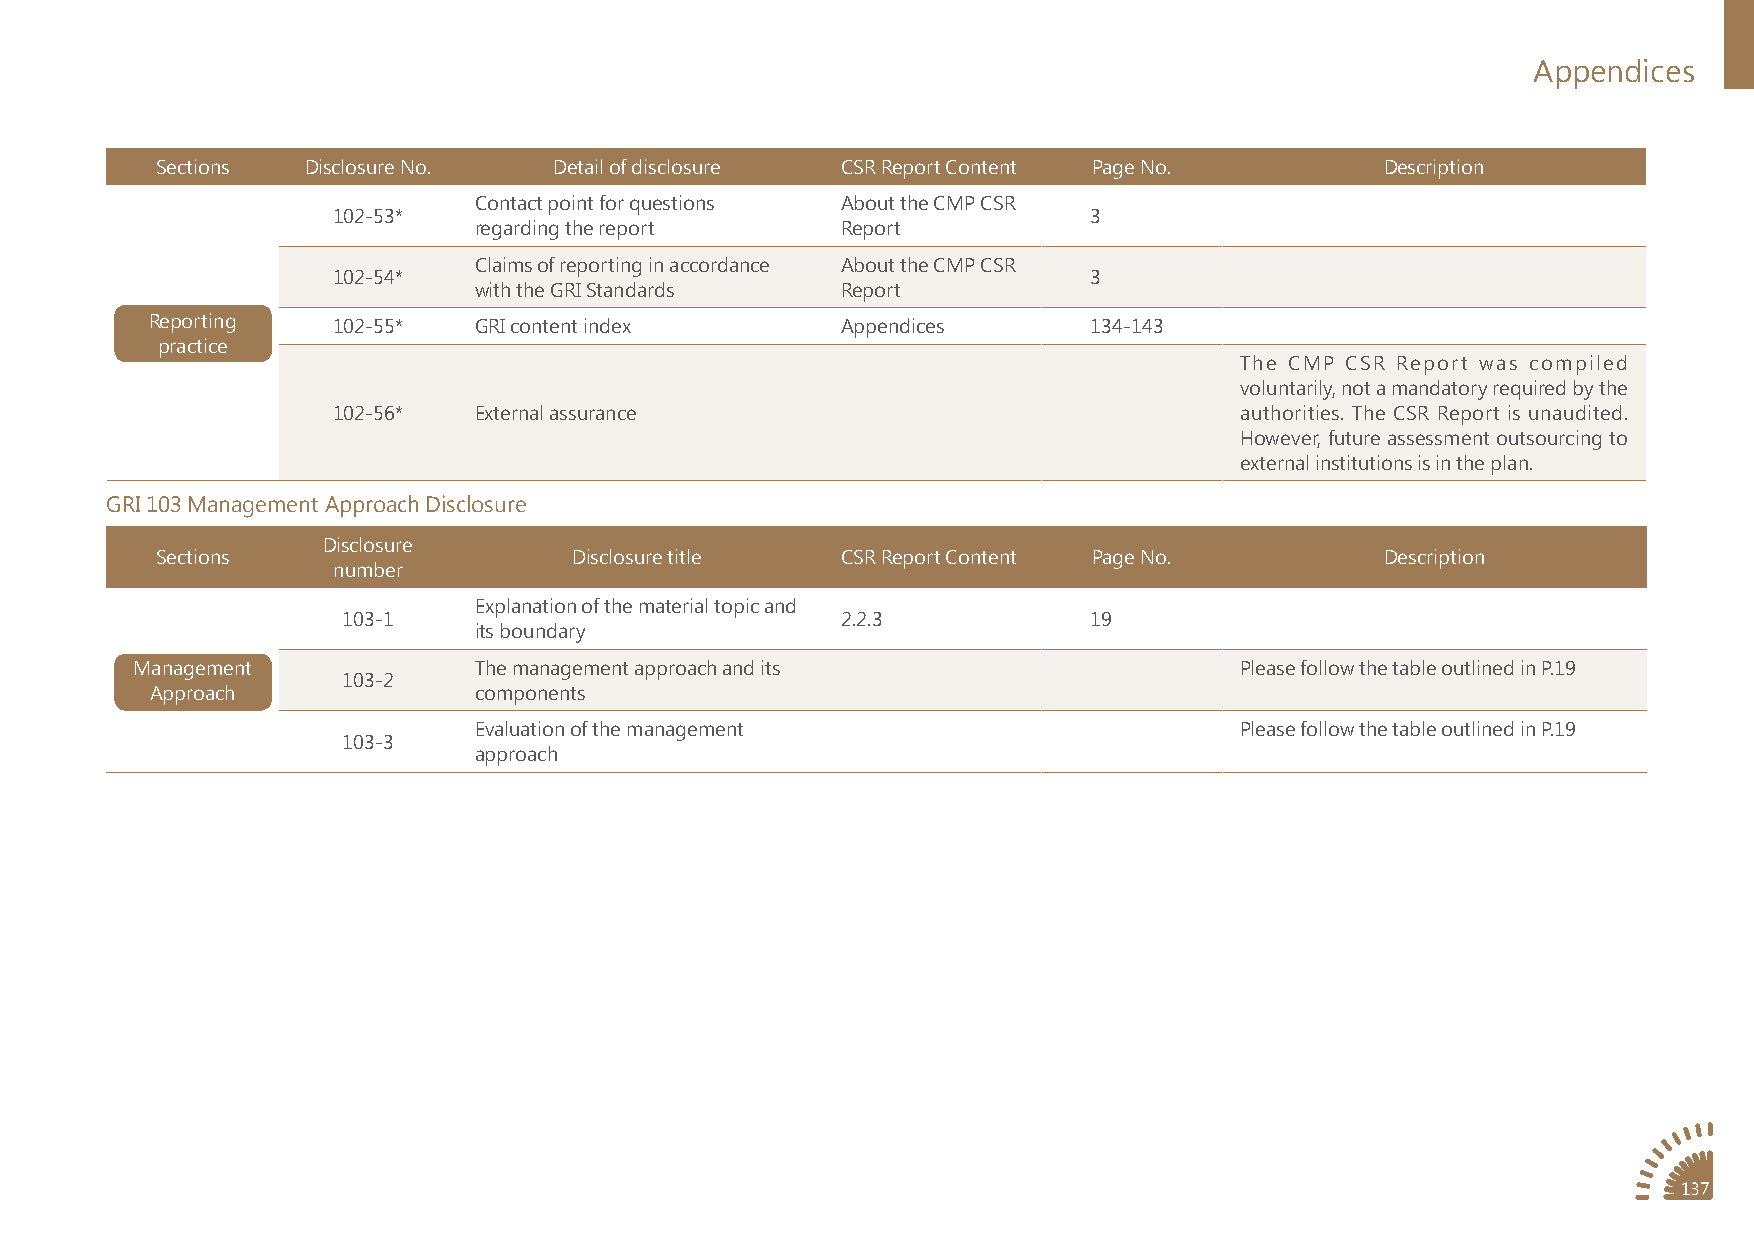
Appendices
 Sections  Disclosure No.   Detail of disclosure CSR Report Content Page No.       Description
 Contact point for questions About the CMP CSR
 102-53*                                           3
 regarding the report     Report
 Claims of reporting in accordance About the CMP CSR
 102-54*                                           3
 with the GRI Standards   Report
 Reporting   102-55*  GRI content index        Appendices      134-143
 practice
 The CMP CSR Report was compiled
 voluntarily, not a mandatory required by the
 102-56*  External assurance                                 authorities. The CSR Report is unaudited.
 However, future assessment outsourcing to
 external institutions is in the plan.
 GRI 103 Management Approach Disclosure
 Disclosure
 Sections                    Disclosure title  CSR Report Content Page No.         Description
 number
 Explanation of the material topic and
 103-1                            2.2.3           19
 its boundary
 Management            The management approach and its                    Please follow the table outlined in P.19
 103-2
 Approach             components
 Evaluation of the management                       Please follow the table outlined in P.19
 103-3
 approach
 137